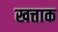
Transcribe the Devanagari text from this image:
खत्ताक